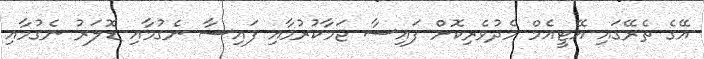
އޭގެ ތެރޭގައި އޭޓީއެމް މެދުވެރިކޮށް ފައިސާ ޖަމާކުރުމާއި ފައިސާ ނެގުމާއި ޑޮލަރު ނެގުމާއި